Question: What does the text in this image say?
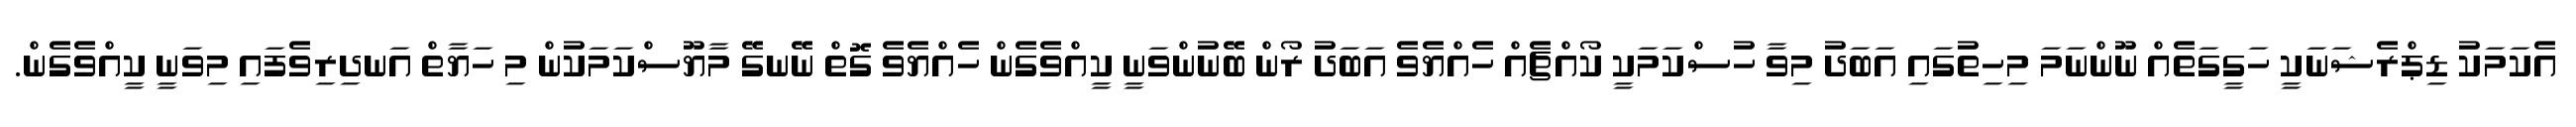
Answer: އެކަމަކު ޑިޕްރެޝަނަކީ ހަގީގަތެއް ނޫންނަމަ މިހިތުގައި އަބަދު މިވާ ހުސްކަމަކީ ކޯއްޗެއް ހެއްޔެވެ އަބަދު ރޯން ބޭނުންވަނީ ކީއްވެގެން ހެއްޔެވެ ގޮތް ނޭނގޭ މާޔޫސްކަމަކުން މި ހަޔާތް އަނދިރިވެފައި މިވަނީ ކީއްވެގެން.